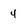
Character: 4